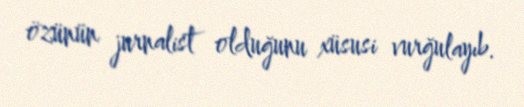
özünün jurnalist olduğunu xüsusi vurğulayıb.